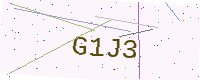
Text: G1J3